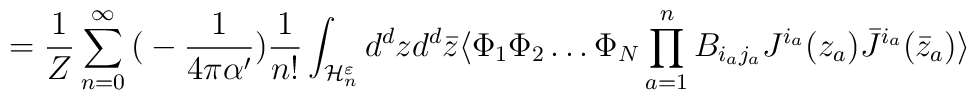
= {1 \over Z} \sum_{n=0}^{\infty} \big(- {1 \over 4 \pi \alpha '} \big) {1 \over n!}\int_{{\cal H}_n^{\varepsilon}} d^d z d^d \bar{z} \langle \Phi_1 \Phi_2 \dots \Phi_N\prod_{a=1}^n B_{i_a j_a} J^{i_a}(z_a) \bar{J}^{i_a}(\bar{z}_a) \rangle